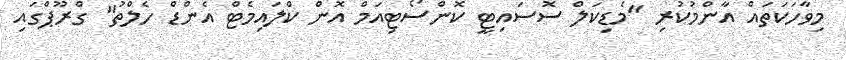
މިވާހަކަތައް އާންމުކުރި "މެޑިކަލް ސޮސައިޓީ ކޮންސޯޓިއަމް އޮން ކްލައިމެޓް އެންޑް ހެލްތު" ގްރޫޕްގައި